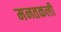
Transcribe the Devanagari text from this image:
मनतकली